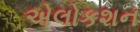
એલોકશન